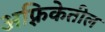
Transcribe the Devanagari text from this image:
अफ़्रिकेतील